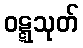
ဝဋ္ဋသုတ်